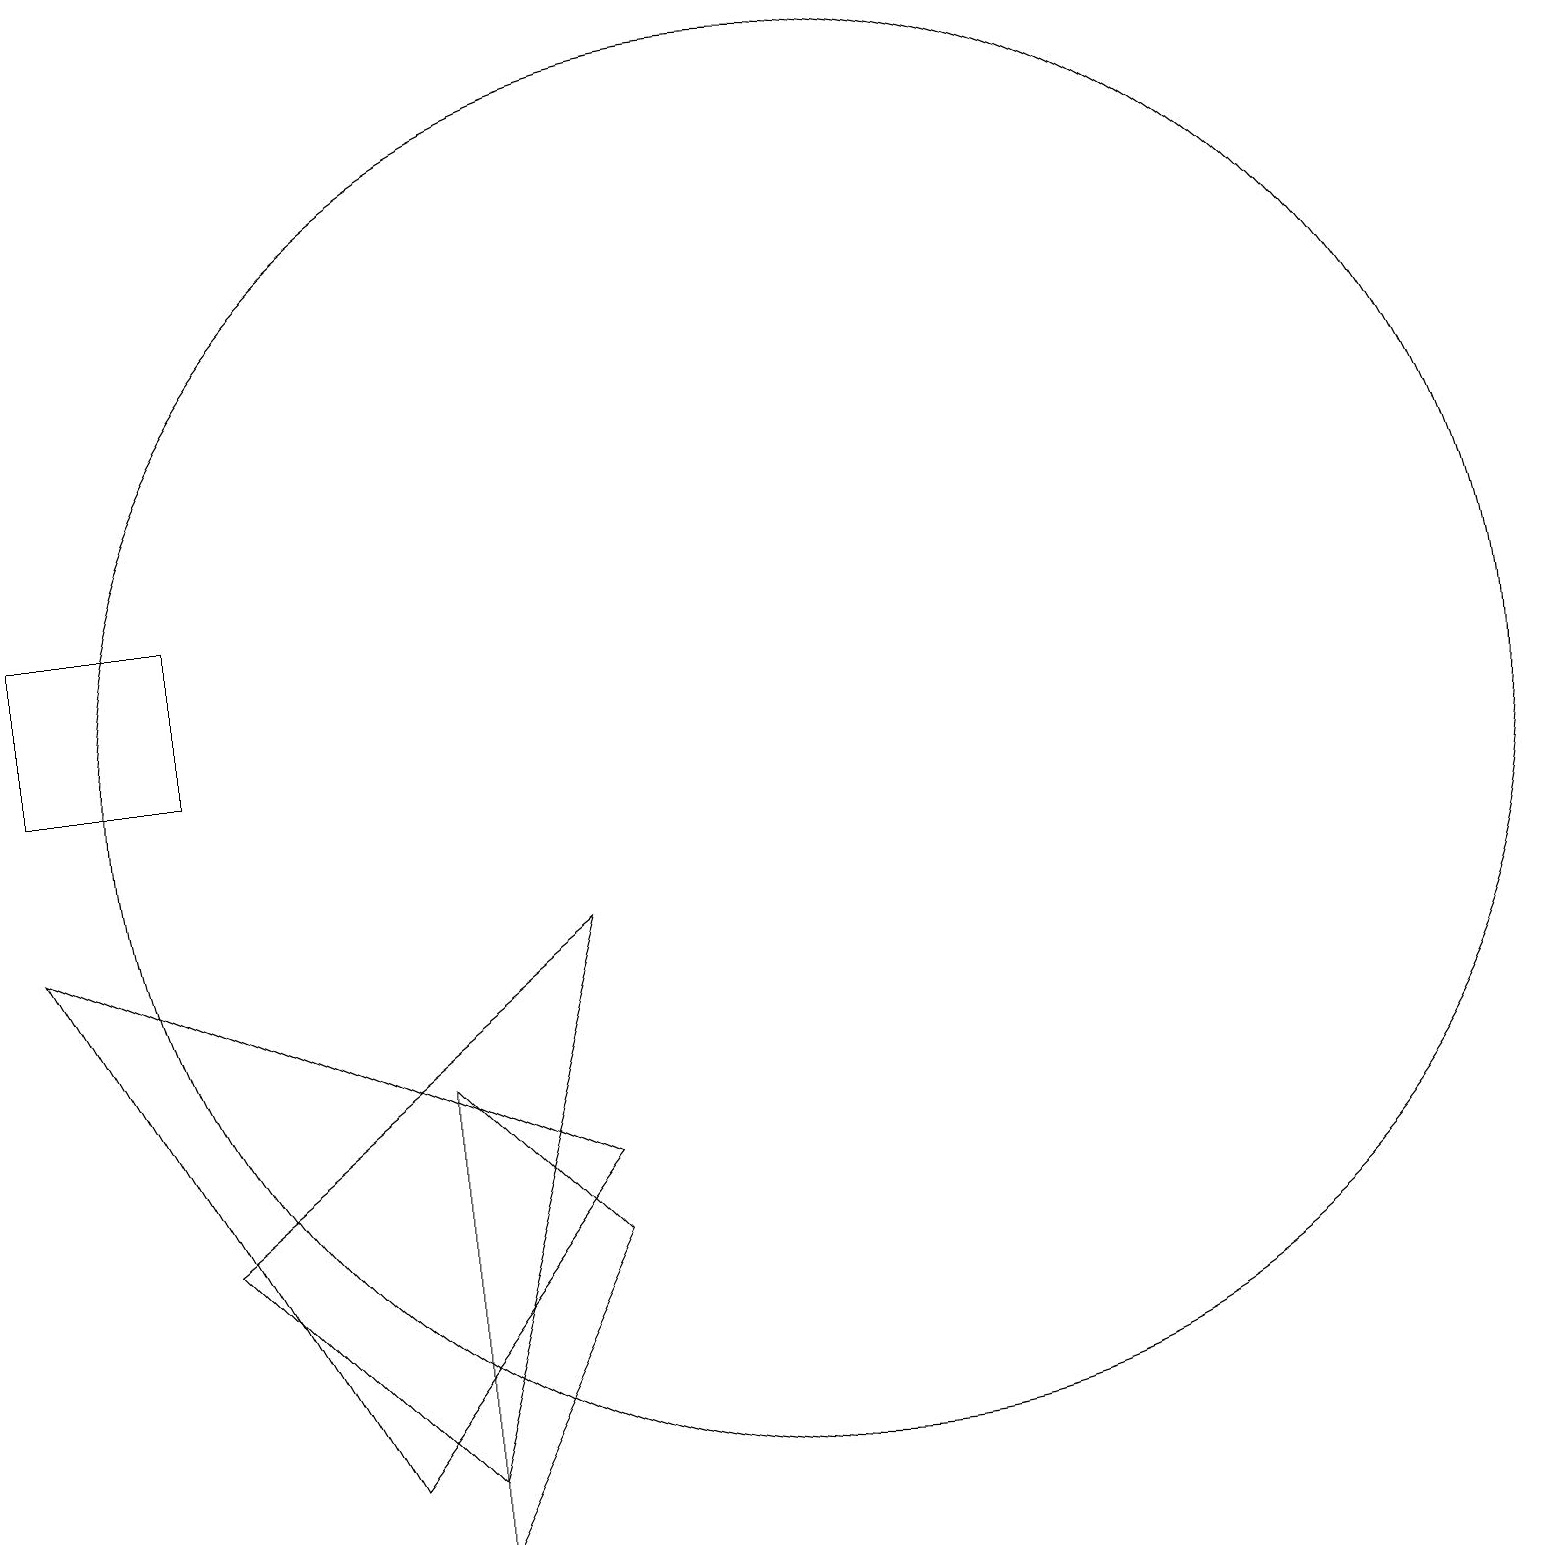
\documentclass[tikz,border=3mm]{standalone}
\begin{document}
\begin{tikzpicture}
\draw (11,10) circle (9);
\draw (1,10) rectangle (3,12);
\draw (6,1) -- (8,8) -- (3,4) -- cycle;
\draw (8,5) -- (1,8) -- (5,1) -- cycle;
\draw (6,0) -- (6,6) -- (8,4) -- cycle;
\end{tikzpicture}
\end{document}